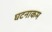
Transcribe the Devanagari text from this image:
घटनाकम